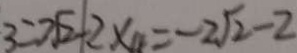
3 = 2 \sqrt { 2 } - 2 \times 4 = - 2 \sqrt { 2 } - 2